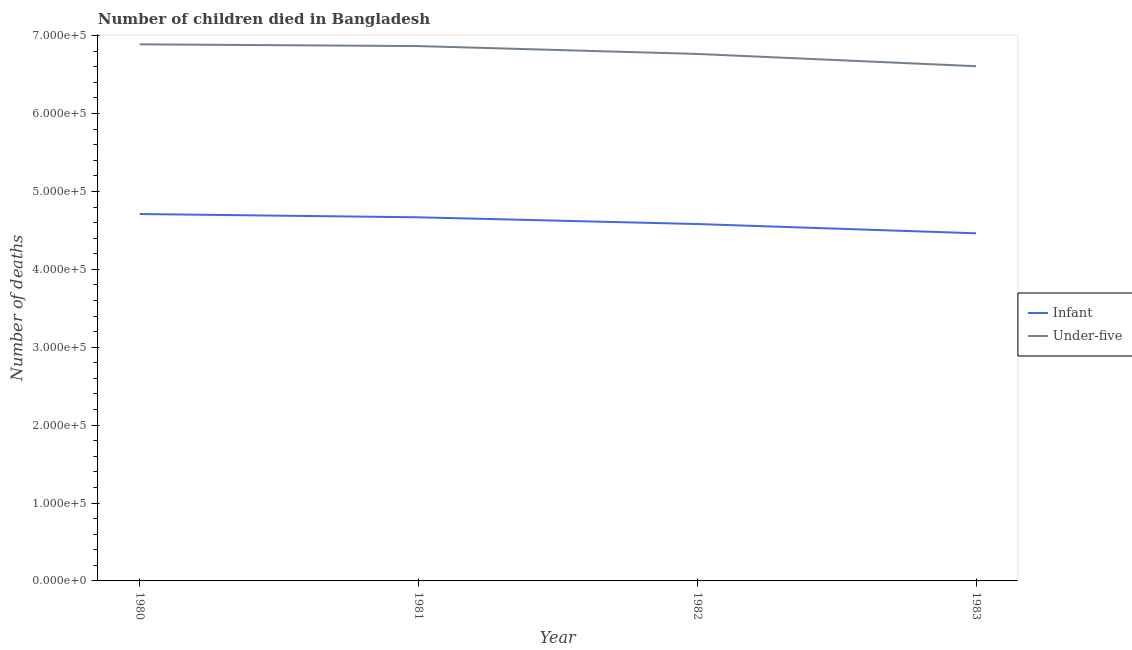
| Year | Infant | Under-five |
 | --- | --- | --- |
 | 1980 | 4.71e+05 | 6.89e+05 |
 | 1981 | 4.67e+05 | 6.87e+05 |
 | 1982 | 4.58e+05 | 6.76e+05 |
 | 1983 | 4.46e+05 | 6.61e+05 |